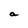
Character: a